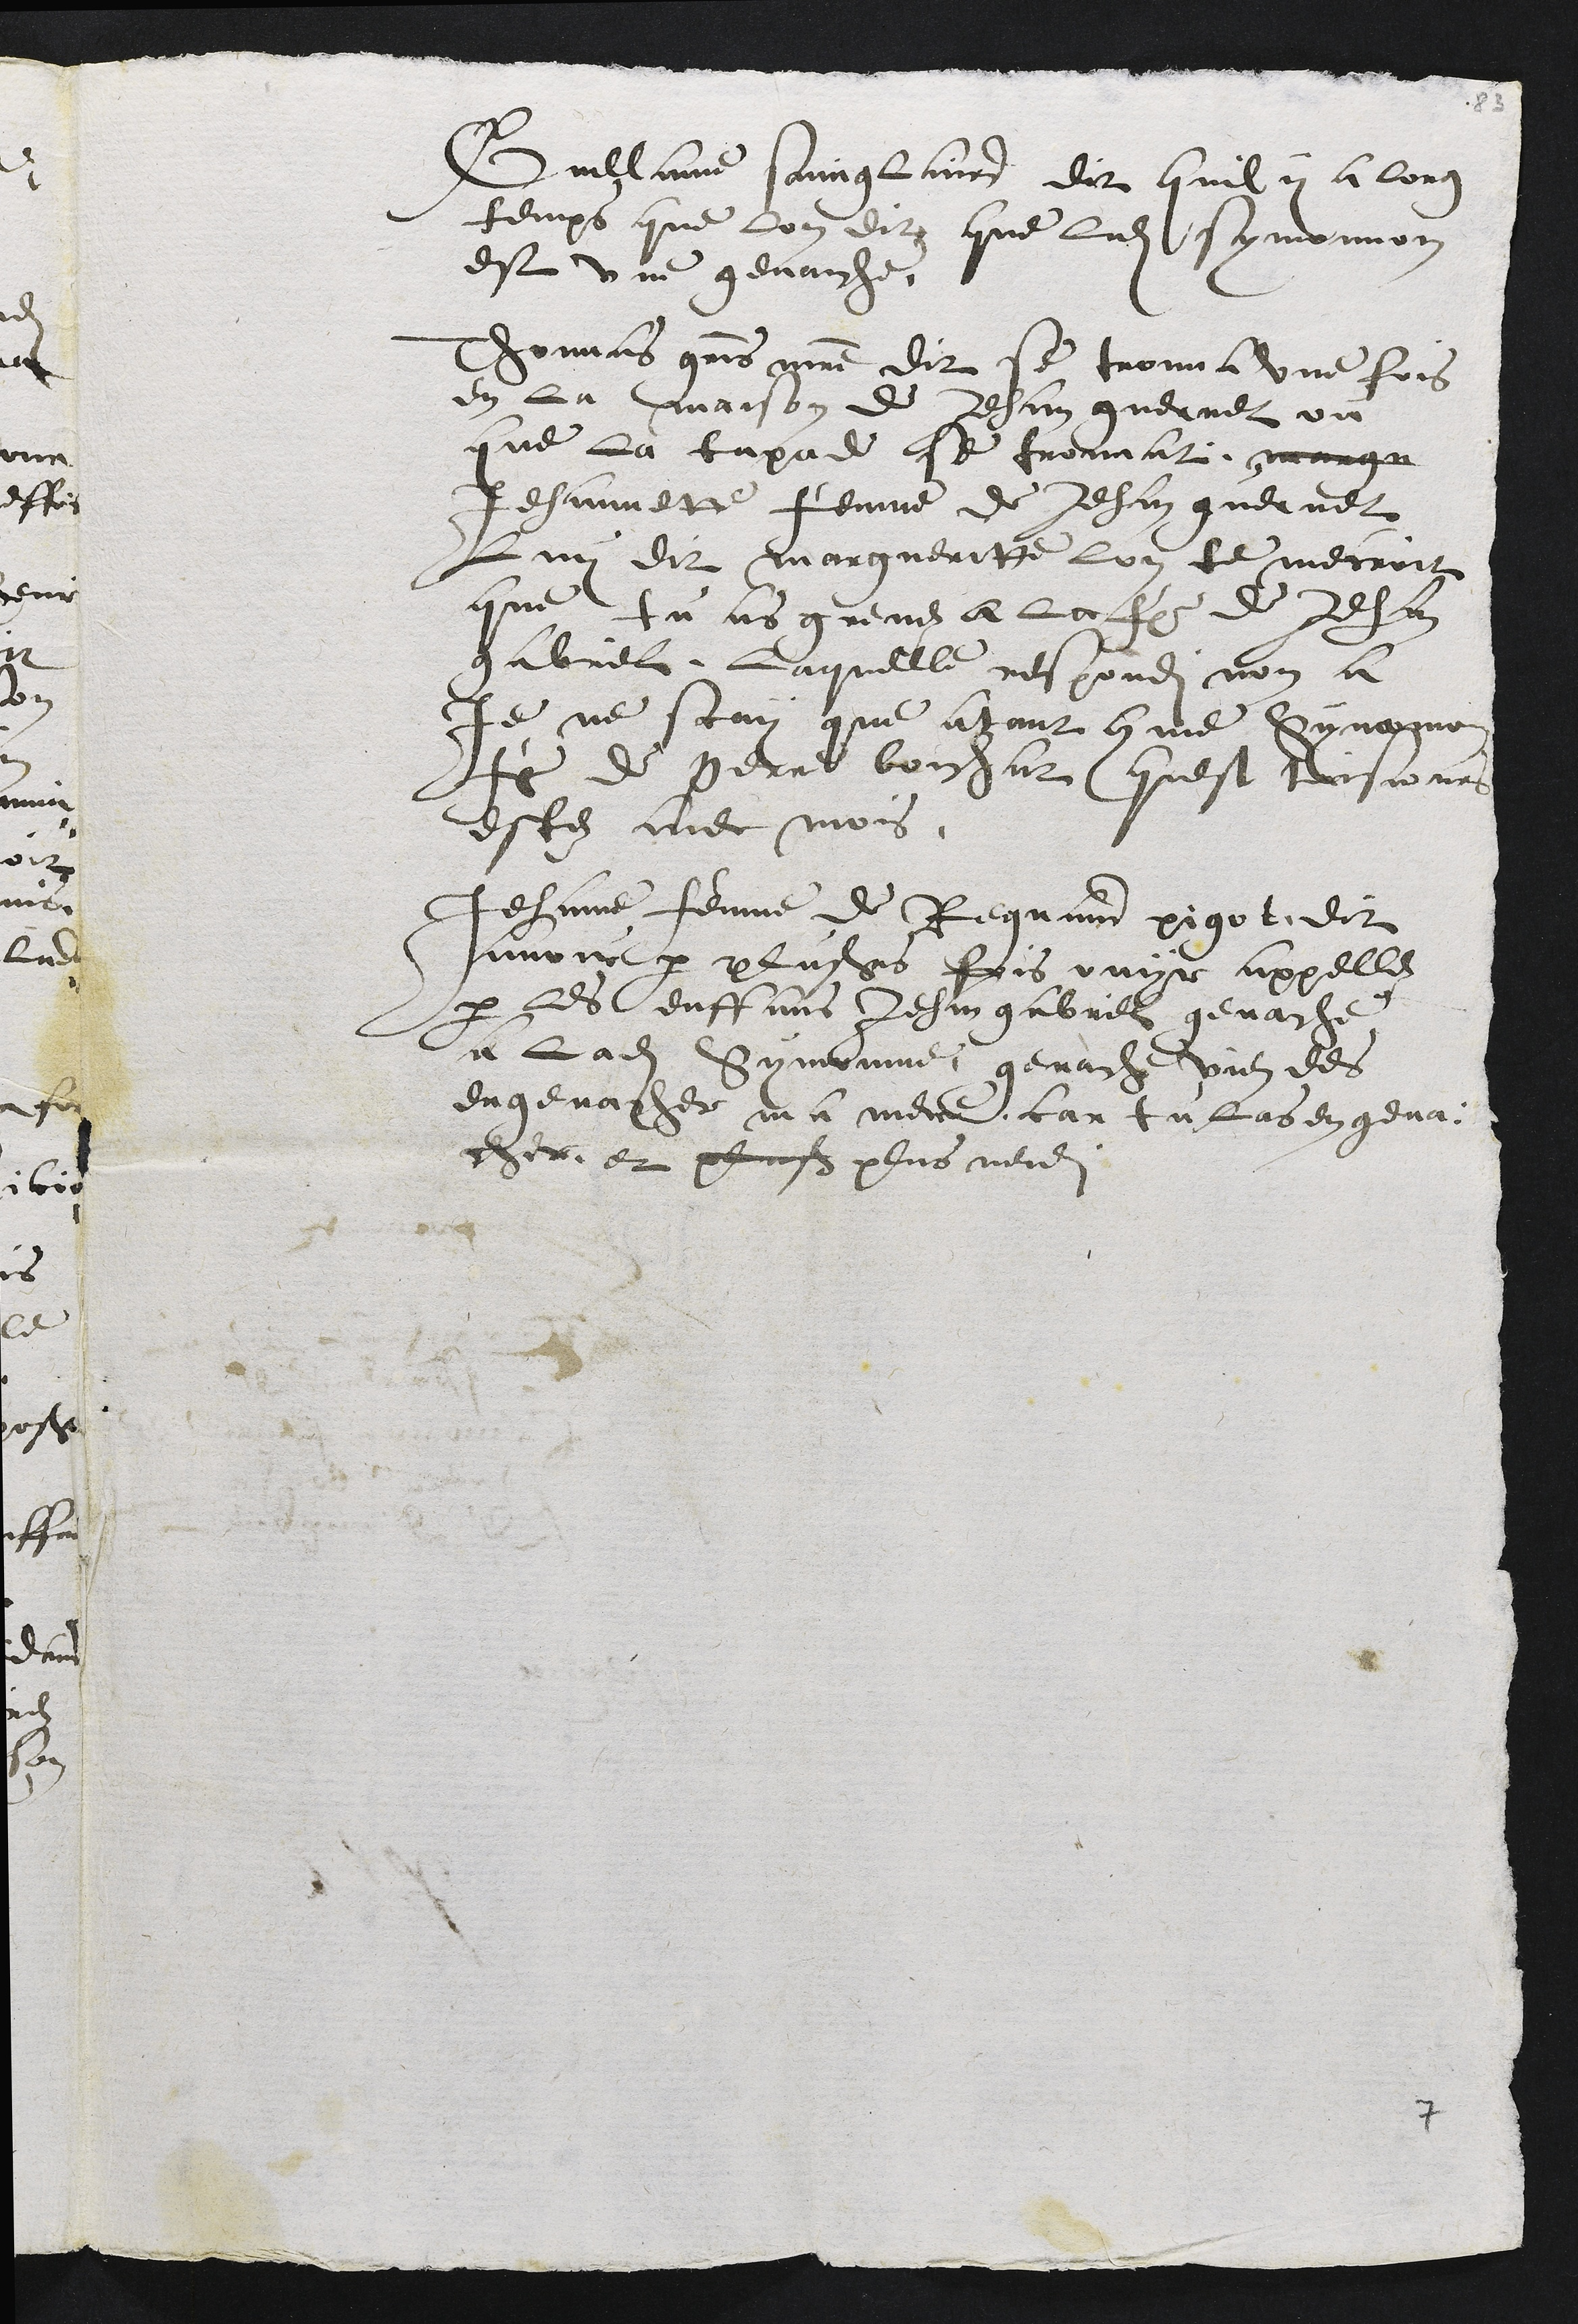
Guillaume sainglaird dit quil y a long
temps que lon dit que ladite Symonnon
est une genauche.
Thomas grimaitre dit se trouva une fois
en la maison de Jehan guernet ou
que la tapade se trouvat margu
Jehannette femme de Jehan guernet
Luy dit margueritte lon te mecroit
que tu as grevez a la femme de Jehan
gabriel, Laquelle respondit non a
je ne scay que atant comme Symonne
femme de Perre boichat, quest tousjours
estez avec mois.
Jehanne femme de Regnaud pigot dit
avoir par plusieurs fois ouyr appellez
par les enffans Jehan gabriel genache
a ladite Symonne, genache vien des
engenacher ma mere, car tu las engena-
cher et pluss plus nen dit